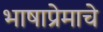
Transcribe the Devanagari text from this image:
भाषाप्रेमाचे